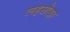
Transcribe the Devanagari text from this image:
लहसोड़ा